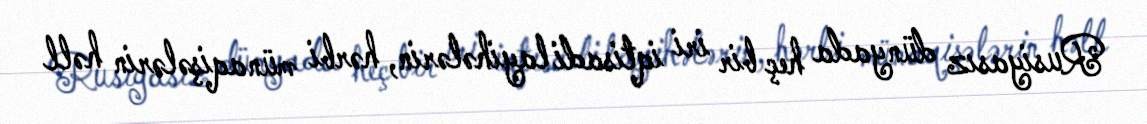
Rusiyasız dünyada heç bir iri iqtisadi layihələrin, hərbi münaqişələrin həll